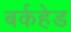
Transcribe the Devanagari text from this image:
बर्कहेड